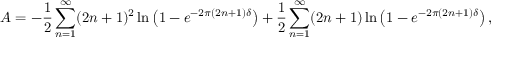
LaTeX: A = - \frac { 1 } { 2 } \sum _ { n = 1 } ^ { \infty } ( 2 n + 1 ) ^ { 2 } \ln \left( 1 - e ^ { - 2 \pi ( 2 n + 1 ) \delta } \right) + \frac { 1 } { 2 } \sum _ { n = 1 } ^ { \infty } ( 2 n + 1 ) \ln \left( 1 - e ^ { - 2 \pi ( 2 n + 1 ) \delta } \right) ,